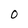
Character: 0